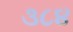
૩૮૪